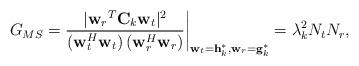
LaTeX: \begin{align*}G_{MS}=\frac{|{{\bf{w}}_{{r}}}^T{{\bf{C}}_{{k}}} {{\bf{w}}_{{t}}}|^2}{{\left({{\bf{w}}_t^H{{\bf{w}}_t}} \right)\left( {{\bf{w}}_r^H{{\bf{w}}_r}}\right)}}\bigg{|}_{{{\bf{w}}_{{t}}}={\bf{h}}_{k}^*,{{\bf{w}}_{{r}}}={\bf{g}}_{k}^*}=\lambda_k^2N_tN_r,\end{align*}